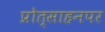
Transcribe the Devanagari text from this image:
प्रोत्साहनपर